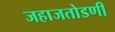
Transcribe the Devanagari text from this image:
जहाजतोडणी